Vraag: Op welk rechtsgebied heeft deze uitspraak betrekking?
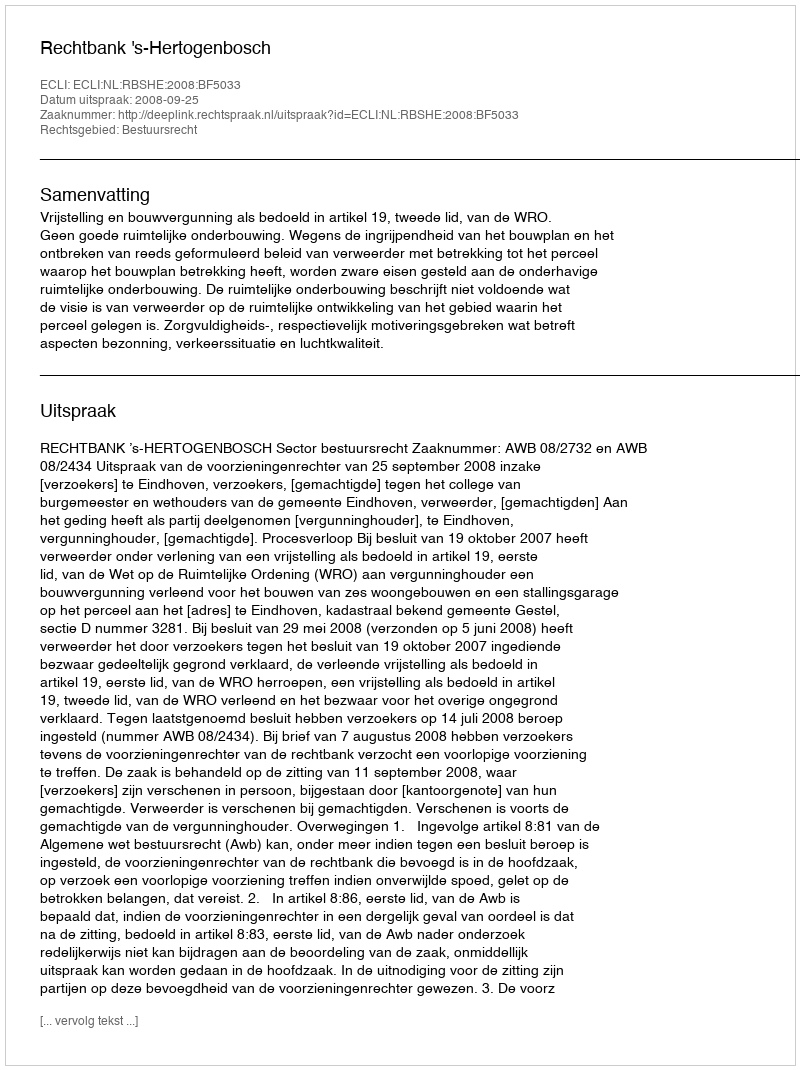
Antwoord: Bestuursrecht